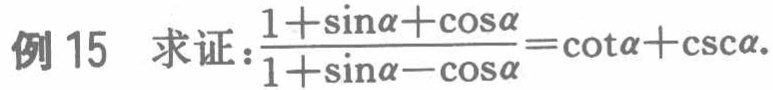
例 15 求证：$\frac{1 + \sin\alpha+\cos\alpha}{1 + \sin\alpha - \cos\alpha}=\cot\alpha+\csc\alpha$